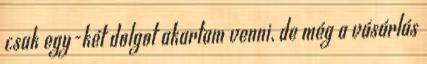
csak egy-két dolgot akartam venni, de még a vásárlás